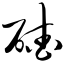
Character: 碴